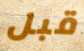
قبل